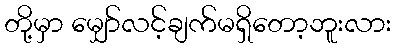
တို့မှာ မျှော်လင့်ချက်မရှိတော့ဘူးလား